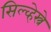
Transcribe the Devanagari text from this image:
सिल्व्हेस्त्रे